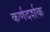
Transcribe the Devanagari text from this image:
कर्णदर्शक